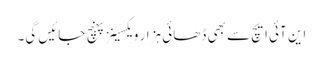
این آئی ایچ سے بھی ڈھائی ہزار ویکسینز پہنچ جائیں گی۔